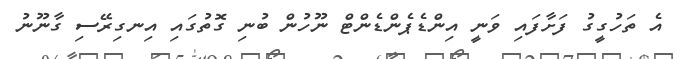
އެ ތަހުގީގު ފަށާފައި ވަނީ އިންޑެޕެންޑެންޓް ނޫހުން ބުނި ގޮތުގައި އިނގިރޭސި ގާނޫނު